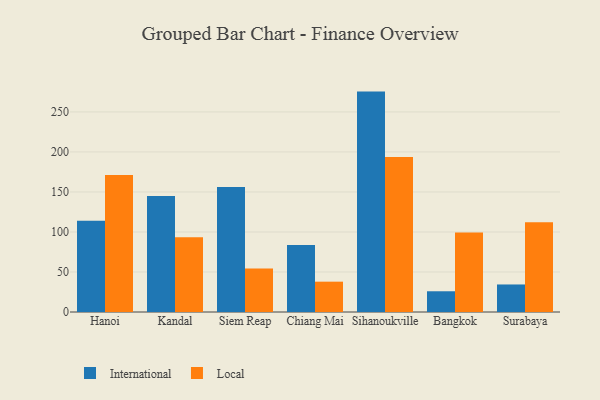
{"axis": {"x": "City", "y": "Net Income (USD K)"}, "legend": ["International", "Local"], "data": [{"x": "Hanoi", "y": 113.9, "type": "International"}, {"x": "Hanoi", "y": 171.3, "type": "Local"}, {"x": "Kandal", "y": 144.9, "type": "International"}, {"x": "Kandal", "y": 93.4, "type": "Local"}, {"x": "Siem Reap", "y": 156.2, "type": "International"}, {"x": "Siem Reap", "y": 54.4, "type": "Local"}, {"x": "Chiang Mai", "y": 83.7, "type": "International"}, {"x": "Chiang Mai", "y": 37.9, "type": "Local"}, {"x": "Sihanoukville", "y": 275.4, "type": "International"}, {"x": "Sihanoukville", "y": 193.7, "type": "Local"}, {"x": "Bangkok", "y": 25.9, "type": "International"}, {"x": "Bangkok", "y": 99.4, "type": "Local"}, {"x": "Surabaya", "y": 34.4, "type": "International"}, {"x": "Surabaya", "y": 112.1, "type": "Local"}]}